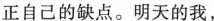
正自己的缺点。明天的我，